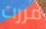
مررت